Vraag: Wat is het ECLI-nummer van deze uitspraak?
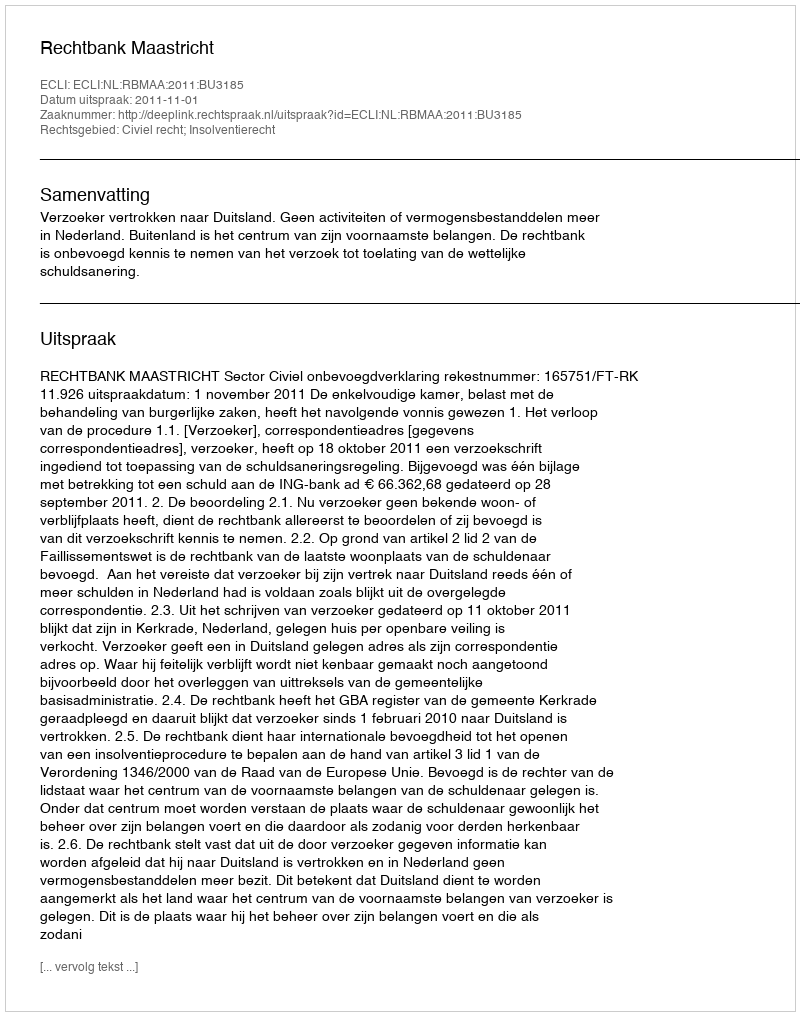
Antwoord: ECLI:NL:RBMAA:2011:BU3185